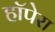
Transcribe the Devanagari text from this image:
हॉपेरा